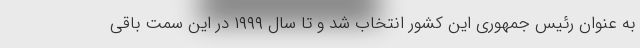
به عنوان رئیس جمهوری این کشور انتخاب شد و تا سال ۱۹۹۹ در این سمت باقی